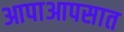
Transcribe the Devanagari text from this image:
आपाआपसात